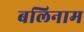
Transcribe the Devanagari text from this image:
बलिनाम